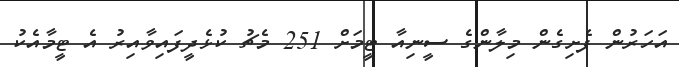
އަހަރުން ފެށިގެން މިލާންގެ ސީނިއާ ޓީމަށް 251 މެޗު ކުޅެދީފައިވާއިރު އެ ޓީމާއެކު